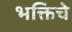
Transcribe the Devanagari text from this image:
भक्तिचे